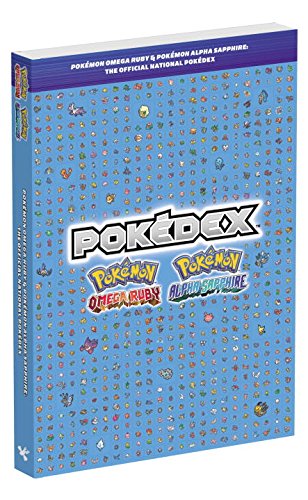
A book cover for PokÃ©mon Omega Ruby & PokÃ©mon Alpha Sapphire: The Official National PokÃ©dex; Pokemon Company International; Science Fiction & Fantasy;